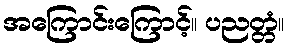
အကြောင်းကြောင့်။ ပညတ္တံ။